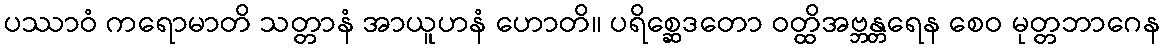
ပဿာဝံ ကရောမာတိ သတ္တာနံ အာယူဟနံ ဟောတိ။ ပရိစ္ဆေဒတော ဝတ္ထိအဗ္ဘန္တရေန စေဝ မုတ္တဘာဂေန